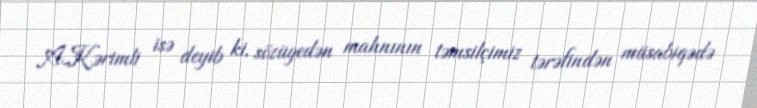
A.Kərimli isə deyib ki, sözügedən mahnının təmsilçimiz tərəfindən müsabiqədə